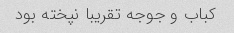
کباب و جوجه تقریبا نپخته بود